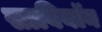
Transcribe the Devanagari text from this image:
साबियॉन